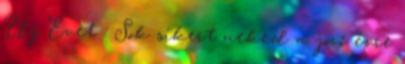
Új Évet : Sok sikert neked a jövő évre